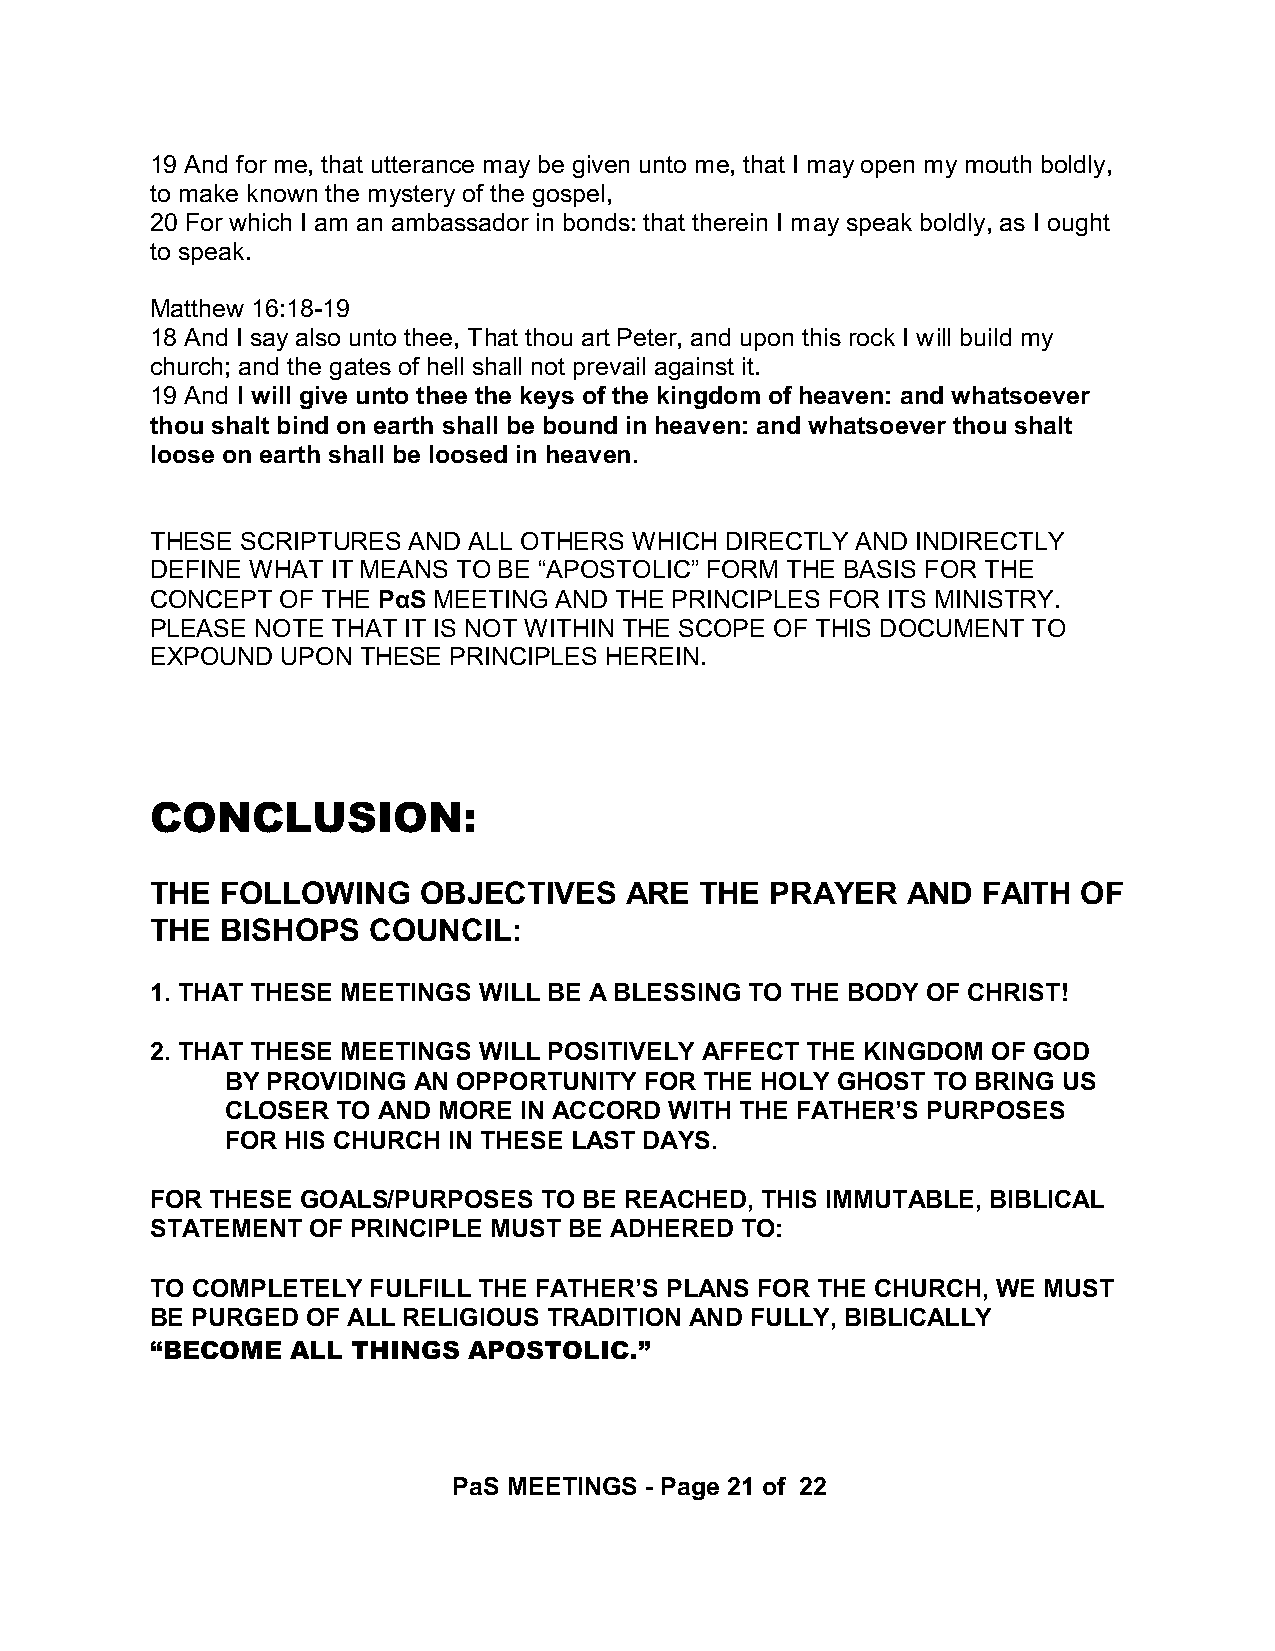
19 And for me, that utterance may be given unto me, that I may open my mouth boldly,
 to make known the mystery of the gospel,
 20 For which I am an ambassador in bonds: that therein I may speak boldly, as I ought
 to speak.
 Matthew 16:18-19
 18 And I say also unto thee, That thou art Peter, and upon this rock I will build my
 church; and the gates of hell shall not prevail against it.
 19 And I will give unto thee the keys of the kingdom of heaven: and whatsoever
 thou shalt bind on earth shall be bound in heaven: and whatsoever thou shalt
 loose on earth shall be loosed in heaven.
 THESE SCRIPTURES AND ALL OTHERS WHICH DIRECTLY AND INDIRECTLY
 DEFINE WHAT IT MEANS TO BE “APOSTOLIC” FORM THE BASIS FOR THE
 CONCEPT  OF THE PáS MEETING AND THE PRINCIPLES FOR ITS MINISTRY.
 PLEASE NOTE THAT IT IS NOT WITHIN THE SCOPE OF THIS DOCUMENT TO
 EXPOUND  UPON THESE PRINCIPLES HEREIN.
 CONCLUSION:
 THE  FOLLOWING    OBJECTIVES   ARE  THE  PRAYER   AND  FAITH  OF
 THE  BISHOPS  COUNCIL:
 1. THAT THESE MEETINGS WILL BE A BLESSING TO THE BODY OF CHRIST!
 2. THAT THESE MEETINGS WILL POSITIVELY AFFECT THE KINGDOM OF GOD
 BY PROVIDING AN OPPORTUNITY FOR THE HOLY GHOST TO BRING US
 CLOSER TO AND MORE IN ACCORD WITH THE FATHER’S PURPOSES
 FOR HIS CHURCH IN THESE LAST DAYS.
 FOR THESE GOALS/PURPOSES  TO BE REACHED, THIS IMMUTABLE, BIBLICAL
 STATEMENT OF PRINCIPLE MUST BE ADHERED TO:
 TO COMPLETELY FULFILL THE FATHER’S PLANS FOR THE CHURCH, WE MUST
 BE PURGED OF ALL RELIGIOUS TRADITION AND FULLY, BIBLICALLY
 “BECOME  ALL THINGS  APOSTOLIC.”
 PaS MEETINGS - Page 21 of 22